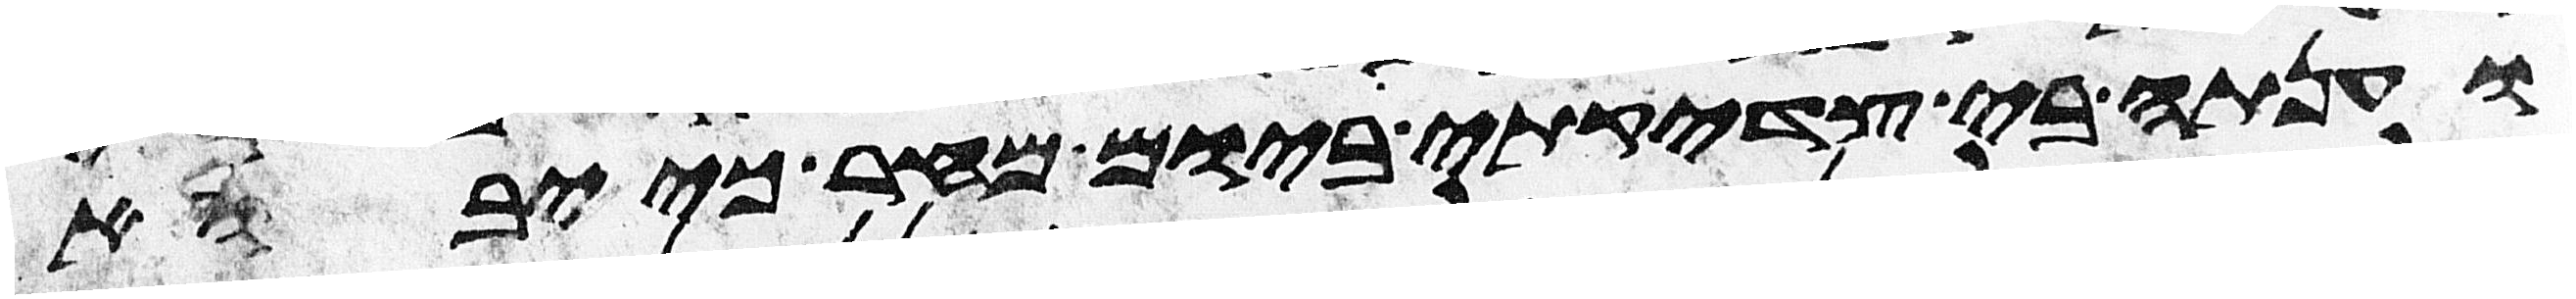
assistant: וענתה בי צדקתי ביום מחר כי יבוא